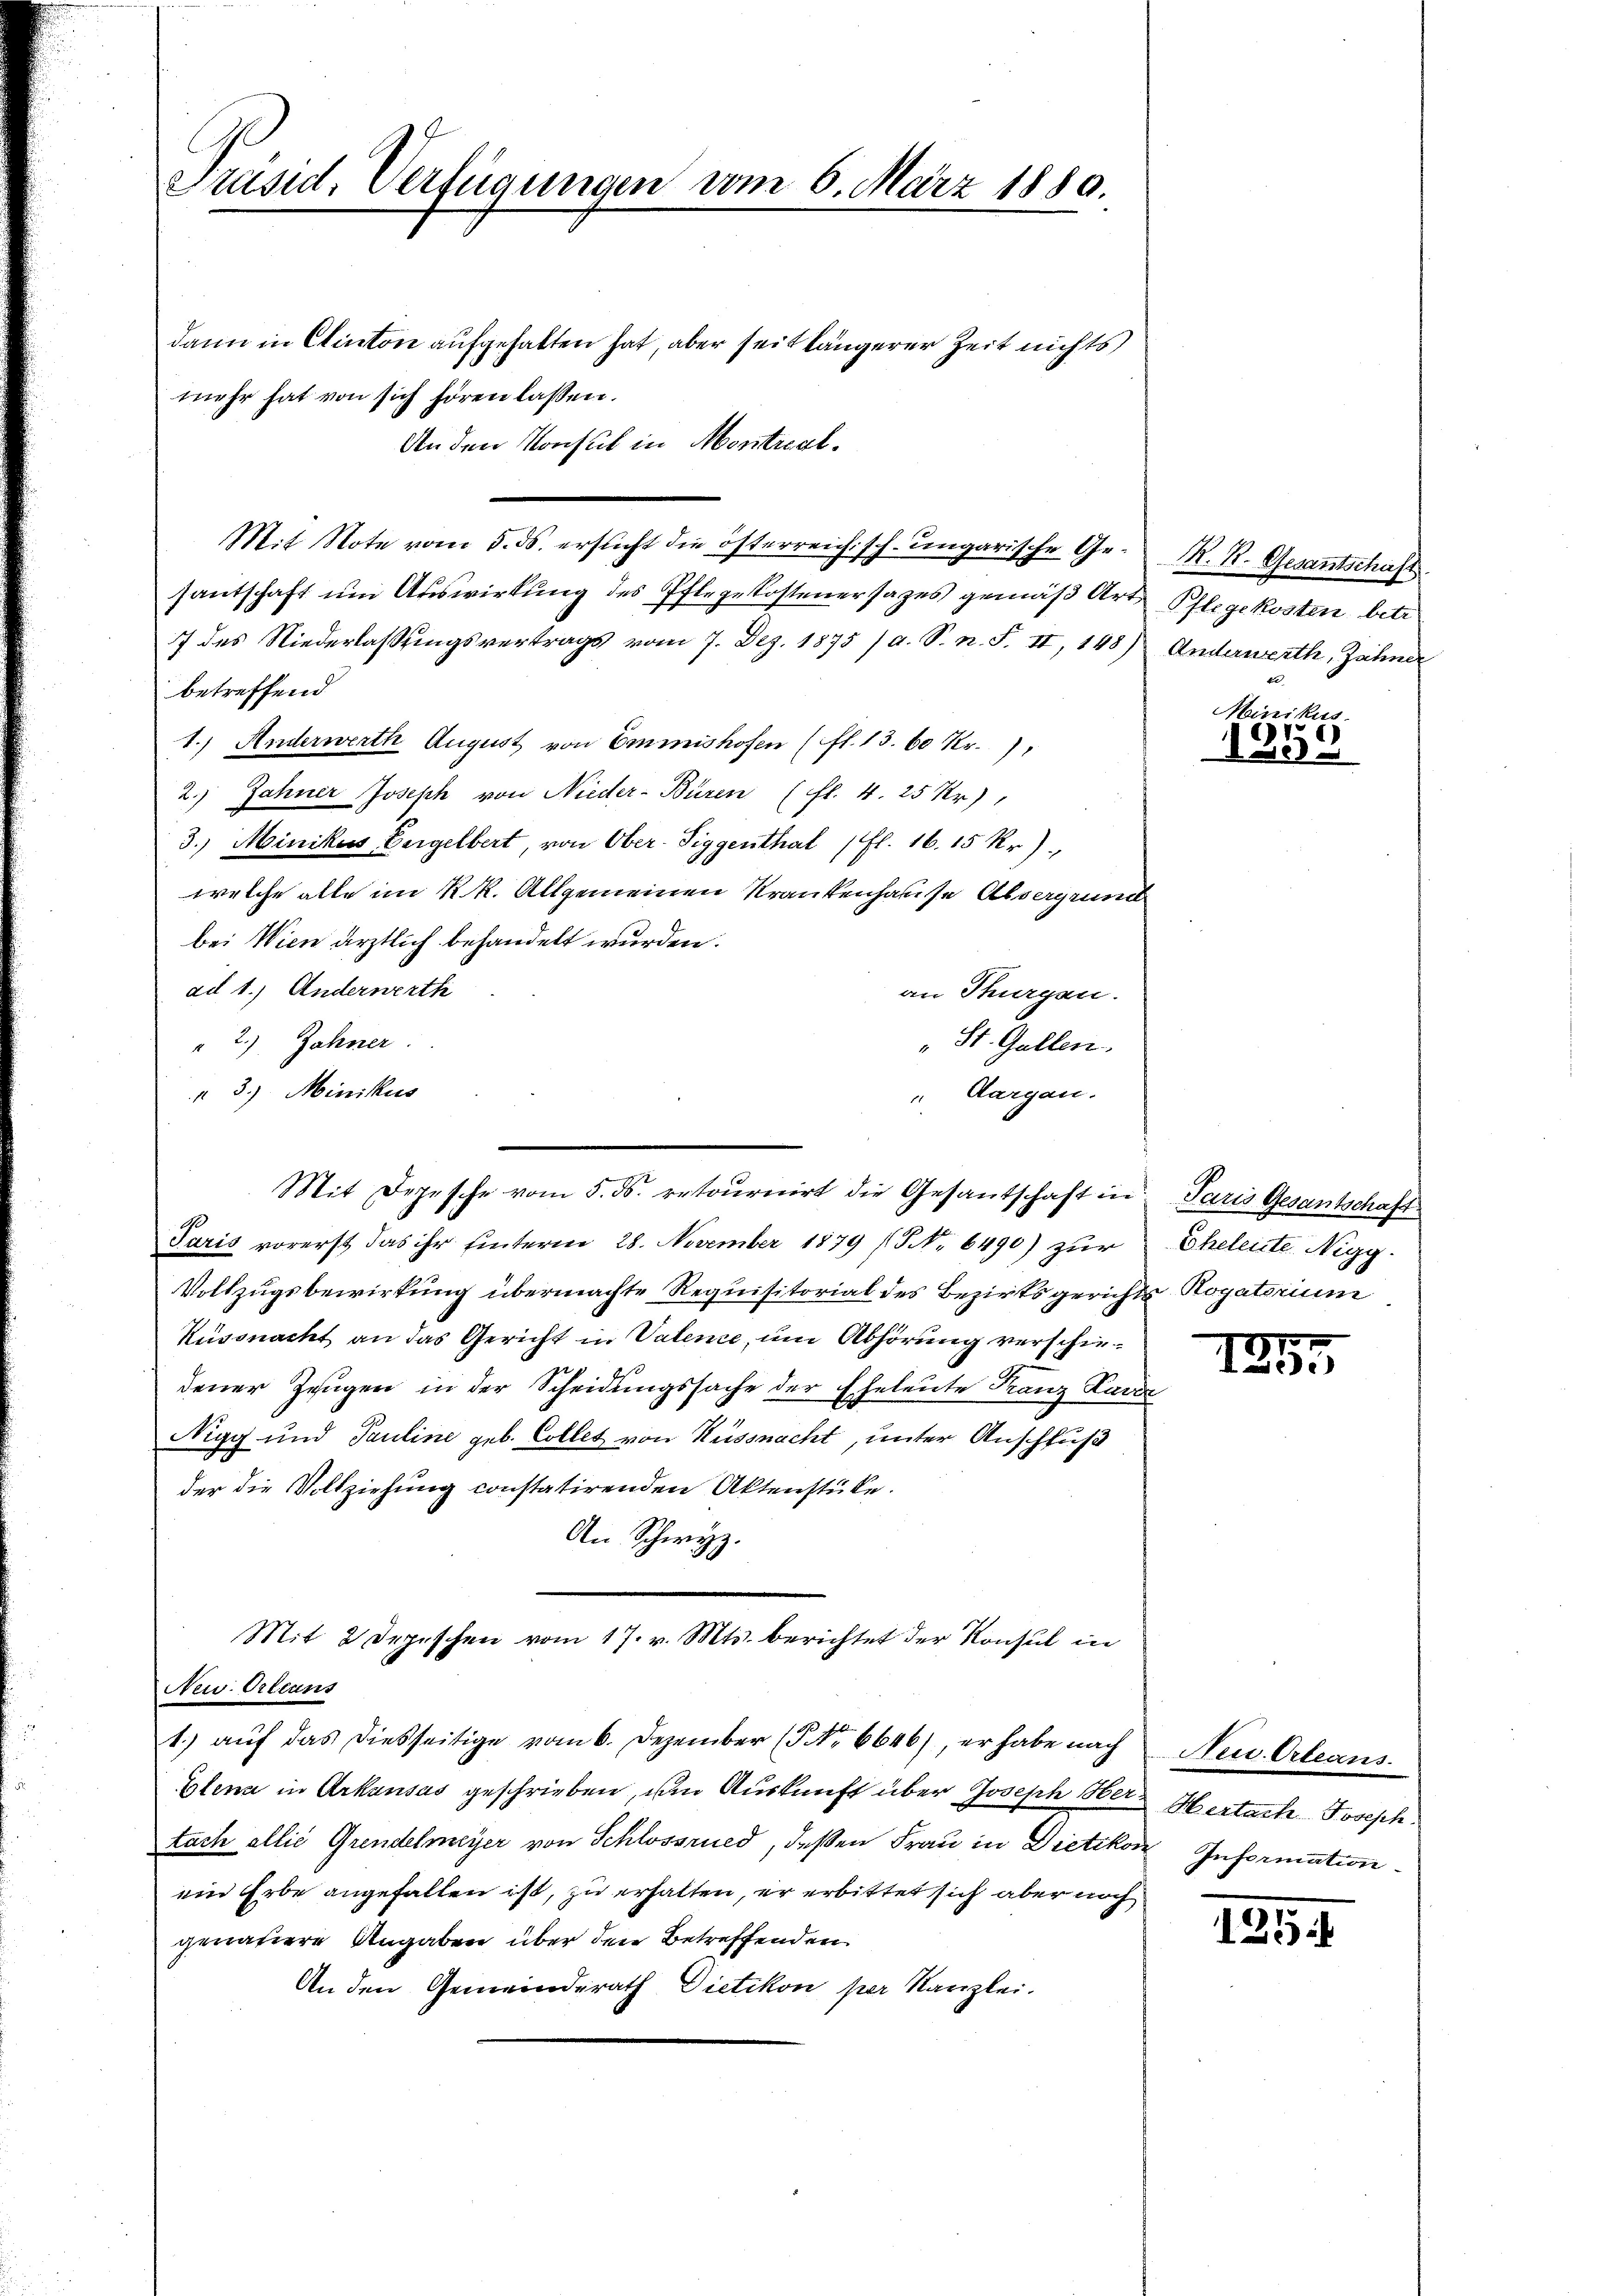
Präsid. Verfügungen vom 6. März 1880.

dann in Clinton aufgehalten hat, aber seit längerer Zeit nichts
mehr hat von sich hören lassen.
An den Konsul in Montral.
Mit Note vom 5. ds. ersucht die österreich sch. ungarische Gesantschaft um Auswirkung des Pflegekostenersages gemäß Art Pflegekosten betr.
7 des Niederlaßungsvertrags vom 7. Dez. 1875 / a. S. n. F. II, 148) Anderwerth, Zähner
betreffend
1.) Anderwerth August von Emmishofen (fl. 13. 60 Kr.),
2.) Zahner Joseph von Nieder-Büren (fl. 4. 25 Xr)
3.) Minikus Vergelbert, von Ober-Siggenthal (fl. 16. 15 Kr).
welche alle im R. R. Allgemeinen Krankenhause Alsergrund
bei Wien ärztlich behandelt wurden.
ad 1.) Anderwerth
an Thurgau.
" 2.) Zahner
"St. Gallen.
 3.) Minikus
" Aargau.
Paris vorerst das ihr hinterner 28. November 1879 (S. 6490) zur
Vollzugsbewirkung übermachte Requisitorial des Bezirksgerichts Rogatorium
Küssnacht an das Gericht in Valence, um Abhörung verschie
dener Zeugen in der Scheidungssache der Eheleute Franz Laviz
Nigg und Pauline geb. Colles von Küssnacht, unter Anschluß
der die Vollziehung constatirenden Aktenstüke.
An Schwyz.
Mit 2 Depeschen vom 17. v. Mts. berichtet der Konsul in
New. Orleans
1. aŭf das diesseitige vom 6. Dezember (7 No 6646), er habe nach Neu Orleans
Glena in Arkausas geschrieben, um Auskunft über Joseph Her-Hertach Joseph
tach allić Grendelmeyer von Schlossried, deßen Frau in Dietikon Information
ein Erbe angefallen ist, zu erhalten, er erbittet sich aber noch
genauere Angaben über den Betreffenden
An den Gemeinderath Dietikon per Kanzlei.

Mit Depesche vom 5. ds. retournirt die Gesantschaft in Paris Gesantschaft

No. 4. Guartschaft

Minikus
67
308

Eheleiste Nigg.

17
ede

125: